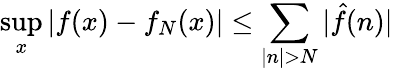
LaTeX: \operatorname*{sup}_{x}|f(x)-f_{N}(x)|\leq\sum_{|n|>N}|{\hat{f}}(n)|